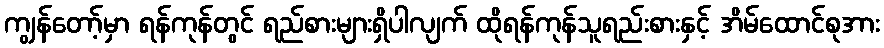
ကျွန်တော့်မှာ ရန်ကုန်တွင် ရည်စားများရှိပါလျက် ထိုရန်ကုန်သူရည်းစားနှင့် အိမ်ထောင်စုအား